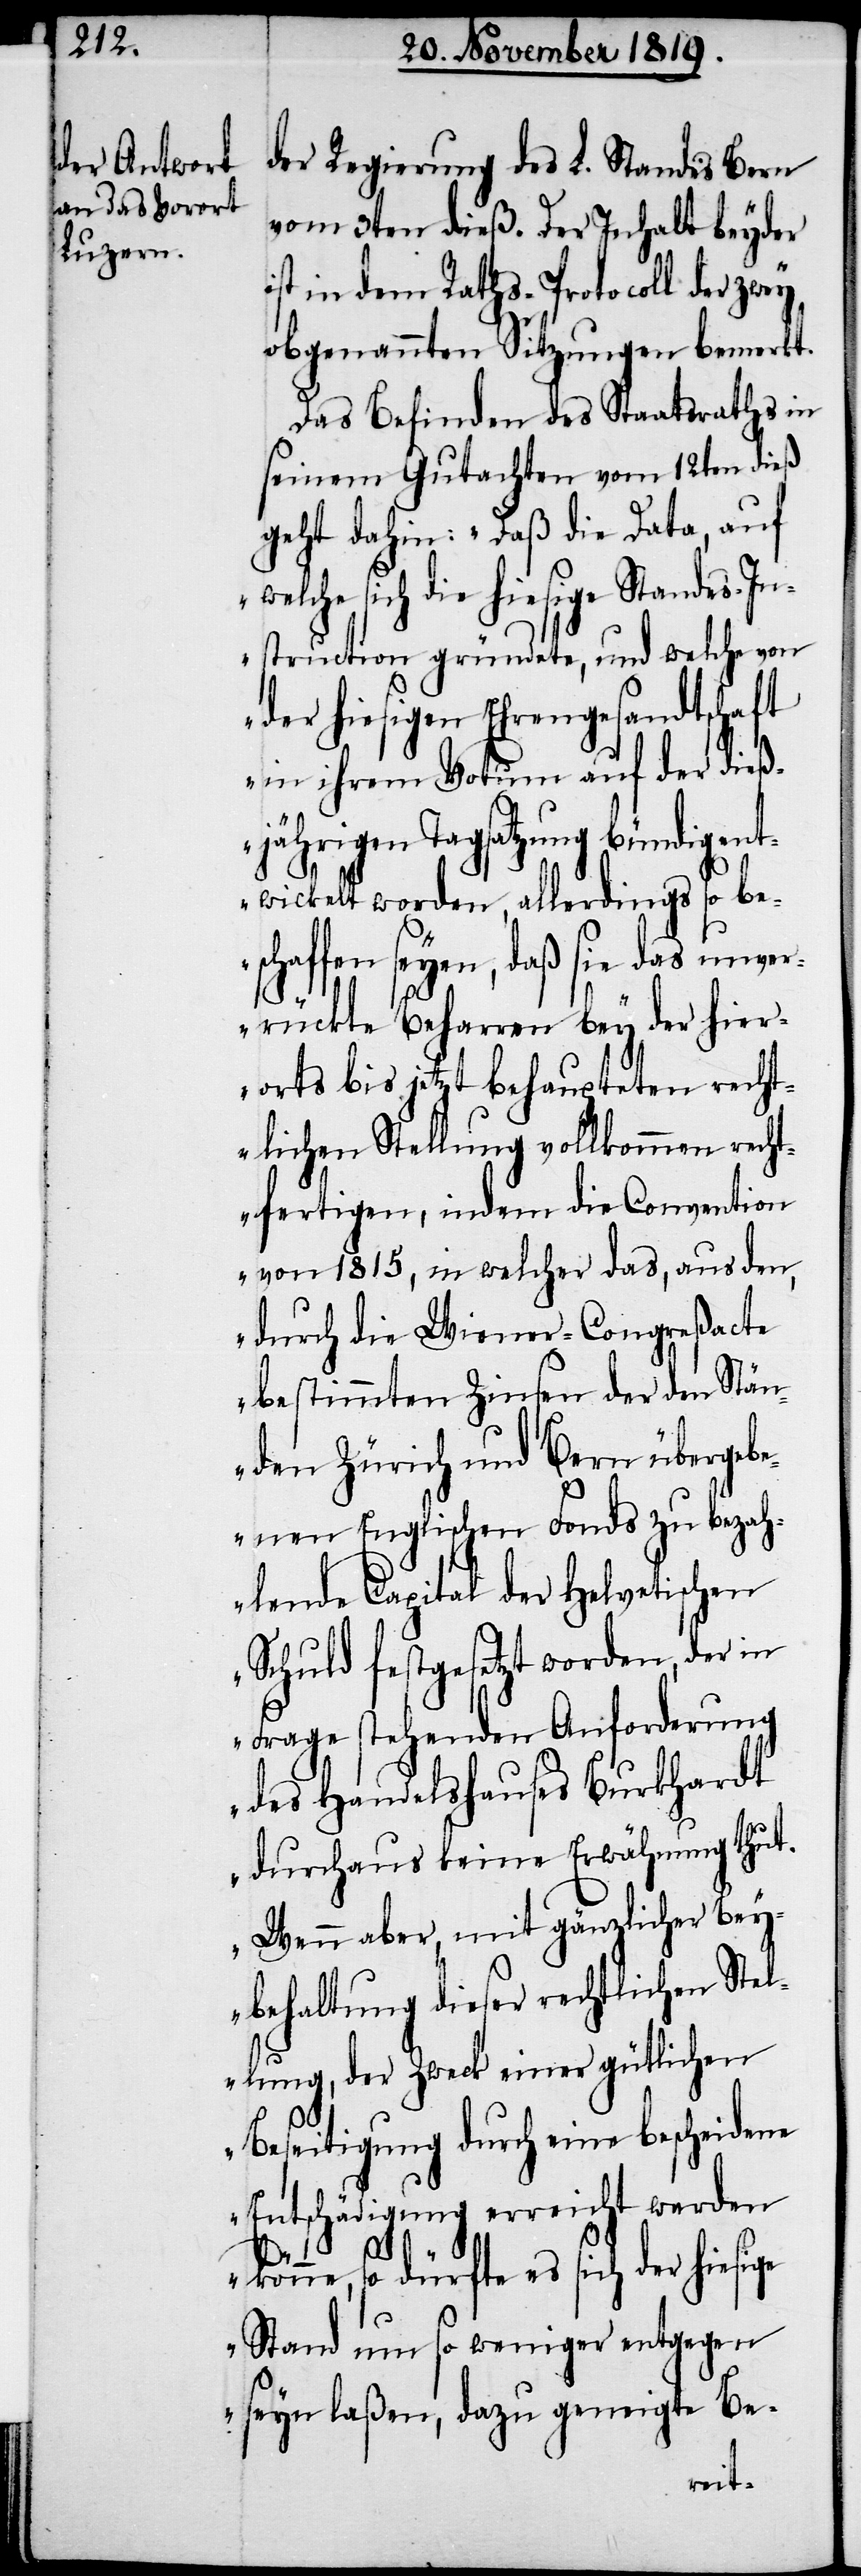
der Regierung des L. Standes Bern
vom 3ten dieß. Der Inhalt beyder
ist in dem Raths-Protocoll der zwey
obgenannten Sitzungen bemerkt.
Das Befinden des Staatsraths in
seinem Gutachten vom 12ten dieß
geht dahin: „Daß die Data, auf
sich die hiesige Standes-In¬
struction gründete, und welche von
der hiesigen Ehrengesandtschaft
in ihrem Votum auf der dieß¬
jährigen Tagsatzung bündig ent¬
wickelt worden, allerdings so be¬
schaffen seyen, daß sie das unve¬
rrückte Beharren bey der hier¬
orts bis jetzt behaupteten recht¬
lichen Stellung vollkommen recht¬
fertigen, indem die Convention
von 1815, in welcher das, aus den,
durch die Wiener-Congreßacte
bestimmten Zinsen der den Stän¬
den Zürich und Bern übergeb¬
enen Englischen Fonds zu bezah¬
lende Capital der Helvetischen
Schuld festgesetzt worden, der in
Frage stehenden Anforderung
des Handelshauses Burkhardt
durchaus keine Erwähnung thut.
Wenn aber, mit gänzlicher Bey¬
behaltung dieser rechtlichen Stel¬
lung, der Zweck einer gütlichen
Beseitigung durch eine bescheidene
Entschädigung erreicht werden
könne, so dürfte es sich der hie¬
Stand um so weniger entgegen
seyn laßen, dazu geneigte Be-
sige